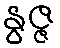
နွဇ္ဇ